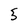
Character: 5